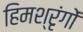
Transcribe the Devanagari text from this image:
हिमश्रृंगों